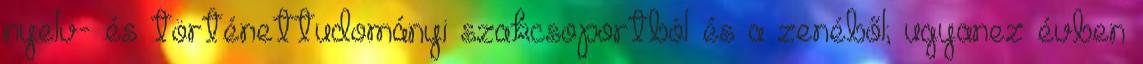
nyelv- és történettudományi szakcsoportból és a zenéből; ugyanez évben